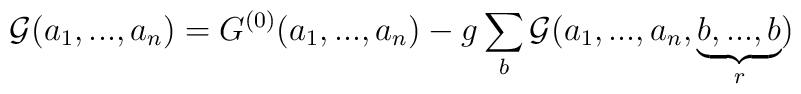
{{\cal G}}(a_1,...,a_n)={G}^{(0)}(a_1,...,a_n)-g\sum_{b}{{\cal G}}(a_1,...,a_n,\underbrace{b,...,b}_{r})